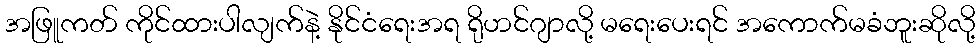
အဖြူကတ် ကိုင်ထားပါလျက်နဲ့ နိုင်ငံရေးအရ ရိုဟင်ဂျာလို့ မရေးပေးရင် အကောက်မခံဘူးဆိုလို့